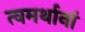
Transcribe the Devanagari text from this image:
त्वमर्थानां